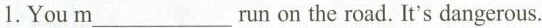
1.You m___ run on the road. It's dangerous.